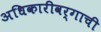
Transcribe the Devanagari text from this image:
अधिकारीवर्गाची